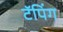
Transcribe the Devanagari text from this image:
टॅपिंग